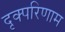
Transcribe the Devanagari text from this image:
दृक्परिणाम